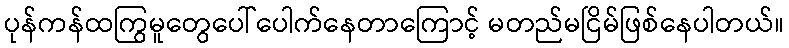
ပုန်ကန်ထကြွမူတွေပေါ်ပေါက်နေတာကြောင့် မတည်မငြိမ်ဖြစ်နေပါတယ်။